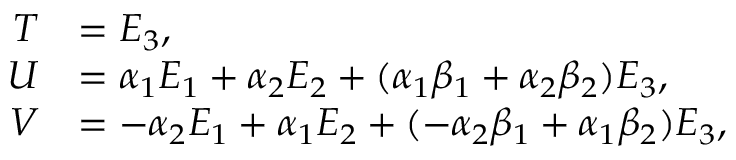
\begin{array} { r l } { T } & { = E _ { 3 } , } \\ { U } & { = \alpha _ { 1 } E _ { 1 } + \alpha _ { 2 } E _ { 2 } + ( \alpha _ { 1 } \beta _ { 1 } + \alpha _ { 2 } \beta _ { 2 } ) E _ { 3 } , } \\ { V } & { = - \alpha _ { 2 } E _ { 1 } + \alpha _ { 1 } E _ { 2 } + ( - \alpha _ { 2 } \beta _ { 1 } + \alpha _ { 1 } \beta _ { 2 } ) E _ { 3 } , } \end{array}